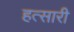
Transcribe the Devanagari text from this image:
हत्सारी